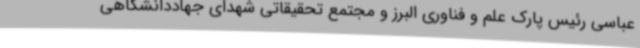
عباسی رئیس پارک علم و فناوری البرز و مجتمع تحقیقاتی شهدای جهاددانشگاهی